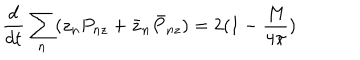
LaTeX: \frac { d } { d t } \sum _ { n } ( z _ { n } P _ { n z } + \bar { z } _ { n } \bar { P } _ { n z } ) = 2 ( 1 - \frac { M } { 4 \pi } )